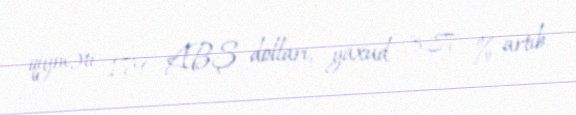
qiyməti 1,79 ABŞ dolları, yaxud 3,87 % artıb.